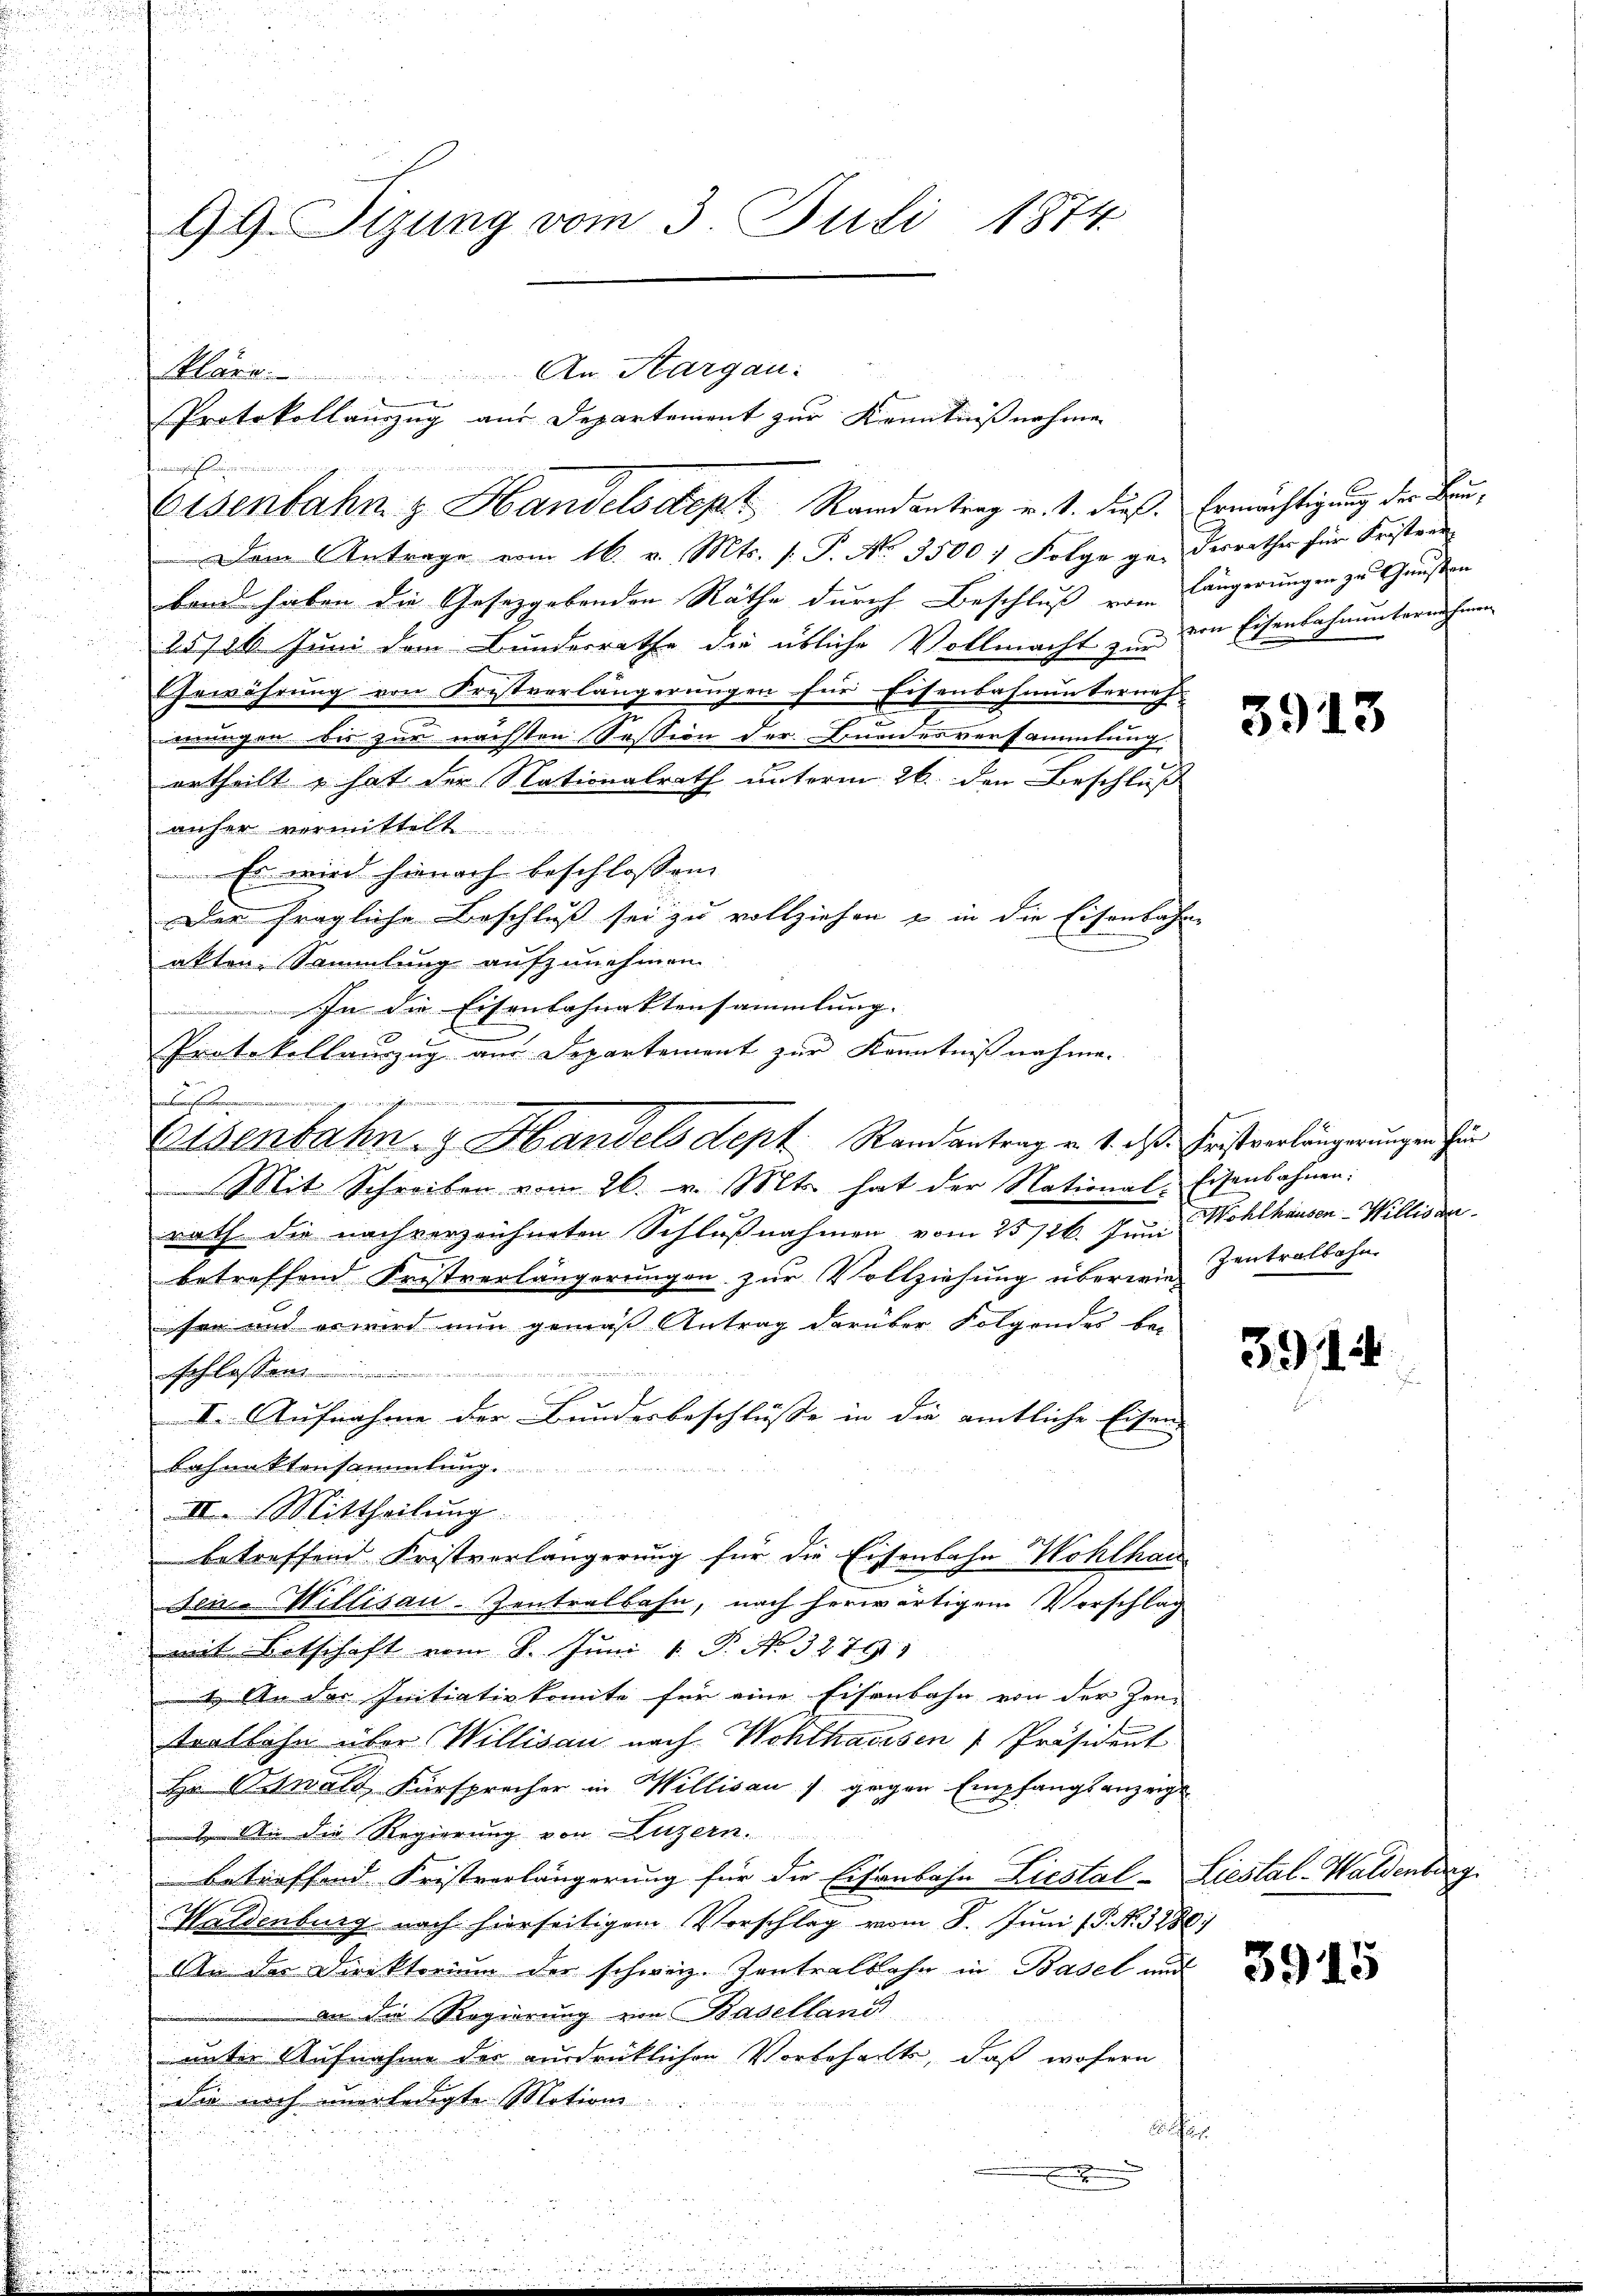
99. Sizung vom 3. Juli 1874

Eisenbahn & Handelsdept. Randantrag v. 1. dieß. Ermächtigung der Bau¬
Dem Antrage vom 16. v. Mts. [: P. No. 3500 : Folge ge-Terrathes für Fristern
band haben die Gesetzgebenden Räthe durch Beschluß vom längerungen zu Gunsten
25/26 Juni dem Bundesrathe die übliche Vollmacht zur von Eisenbahnunternehmen
Gewährung von Frestverlängerungen für Eisenbahnunterneh-
mungen bis zur nächsten Pession der Bundesversammlung
urtheilt u. hat der Nationalrath unterm 26. den Beschluß
anher vermittelt.
Es wird hienach beschlossen:
Der fragliche Beschluß sei zu vollziehen u in die Eisenbahn
akten. Sammlung aufzunehmen.
In die Eisenbahnaktensammlung. |
c
Protokollauszug aus Departement zur Kenntnißnahme.
nbrechen
Mit Schreiben vom 26. v. Mts. hat der National-Eisenbahnen:
rath die nachverzeichneten Schlußnahmen vom 25726. Juni Wohlhausen-Willisau
betreffend Fristverlängerungen zur Vollziehung überwein Zentralbahn
sen und es wird nun gemäß Antrag darüber Folgendes be-
Jch lasse
II. Aufnahme der Bundesbeschlüsse in die amtliche Eisen
Lahnaktensammlung.........
III. Mittheilung.
betreffend Fristverlängerung für die Eisenbahn Wohlhau
den. Willisau-Zentralbahn, nach herwärtigem Vorschlag
mit Betschaft vom 8. Juni v. P. No. 32791
 An der Initiativ konnte für eine Eisenbahn von der Zen-
tratlohn über Willisau nach Wohlhausen Präsident
Hr. Oswald Fürsprecher in Willisau 1 gegen Empfangsanzeige
2. An die Regierung von Luzern.
betreffend Fristverlängerung für die Eisenbahn Liestal-Liestal-Waldenburg
Waldenburg nach hierseitigem Vorschlag vom 8. Jŭni (P. N. 3280
An der Direktorium der schweiz. Zentralbahn in Basel und
an die Regierung von Baselland
unter Aufnahme der ausdrücklichen Vorbehalte, daß wohern
Sie noch unerledigte Motions-

Kläre. An Hargau:
7
Protokollauszug aus Departement zur Kenntnißnahmen
e
dienechinein

Eisenbahn- & Handels dept. Stand antrag v. 1. das Fristverlängerungen für

3913

3914

3915